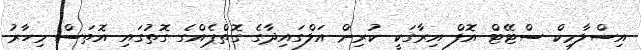
އިސްލާމިކް ސްޓޭޓް އޮފް އިރާގަކީ ކުރިން އަލްގައިދާގެ ގޮތްޕެއްގެ ގޮތުގައި އޮތަސް މިހާރު